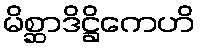
မိစ္ဆာဒိဋ္ဌိကေဟိ